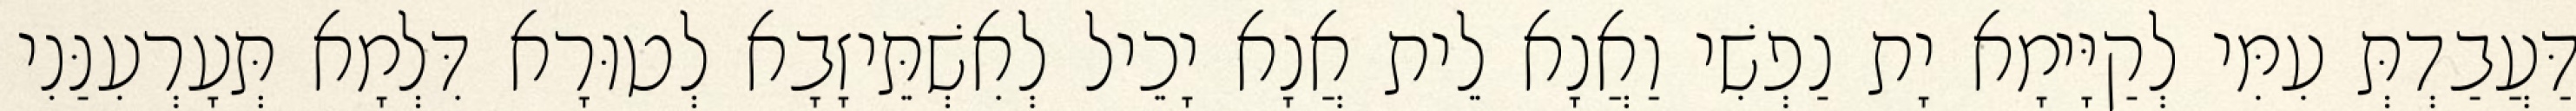
דַּעֲבַדְתְּ עִמִּי לְקַיָּימָא יָת נַפְשִׁי וַאֲנָא לֵית אֲנָא יָכֵיל לְאִשְׁתֵּיזָבָא לְטוּרָא דִּלְמָא תְּעָרְעִנַּנִי